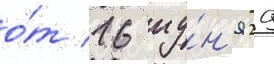
о́т 16 иу́н'я 29